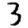
Digit: 3